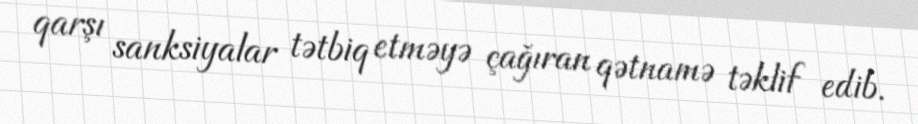
qarşı sanksiyalar tətbiq etməyə çağıran qətnamə təklif edib.